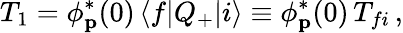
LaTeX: T_{1}=\phi_{\mathbf p}^{*}(0)\, \langle f|Q_{+}|i\rangle\equiv\phi_{\mathbf p}^{*}(0)\, T_{fi}\, ,